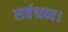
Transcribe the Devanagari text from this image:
सर्वश्रव्य।